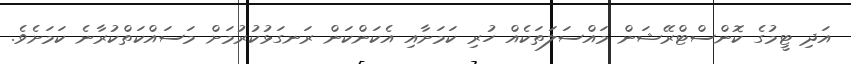
އަދި ޓީމުގެ ކޮންސްޓްރޭޝަން މައްސަލަތަކެއް ހުރި ކަމަށާއި އެކަންކަން ރަނގަޅުކުރުމަށް މަސައްކަތްކުރާނެ ކަމަށެވެ.